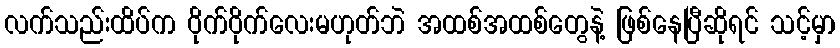
လက်သည်းထိပ်က ဝိုက်ဝိုက်လေးမဟုတ်ဘဲ အထစ်အထစ်တွေနဲ့ ဖြစ်နေပြီဆိုရင် သင့်မှာ